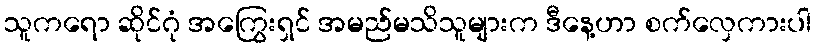
သူကရော ဆိုင်ဂုံ အကြွေးရှင် အမည်မသိသူများက ဒီနေ့ဟာ စက်လှေကားပါ